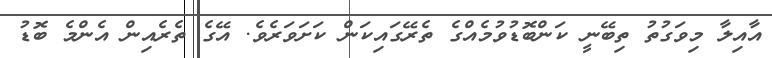
އާއިލާ މިވަގުތު ތިބޭނީ ކަންބޮޑުވުމެއްގެ ތެރޭގައިކަން ކަށަވަރެވެ. އޭގެ ތެރެއިން އެންމެ ބޮޑު